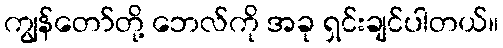
ကျွန်တော်တို့ ဘေလ်ကို အခု ရှင်းချင်ပါတယ်။